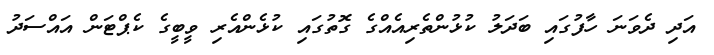
އަދި ދެވަނަ ހާފުގައި ބަދަލު ކުޅުންތެރިއެއްގެ ގޮތުގައި ކުޅެންއެރި ވީބީގެ ކެޕްޓަން އައްސަދު